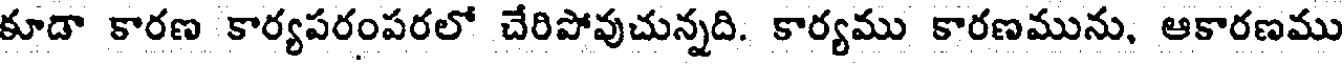
కూడా కారణ కార్యపరంపరలో చేరిపోవుచున్నది. కార్యము కారణమును, ఆకారణము